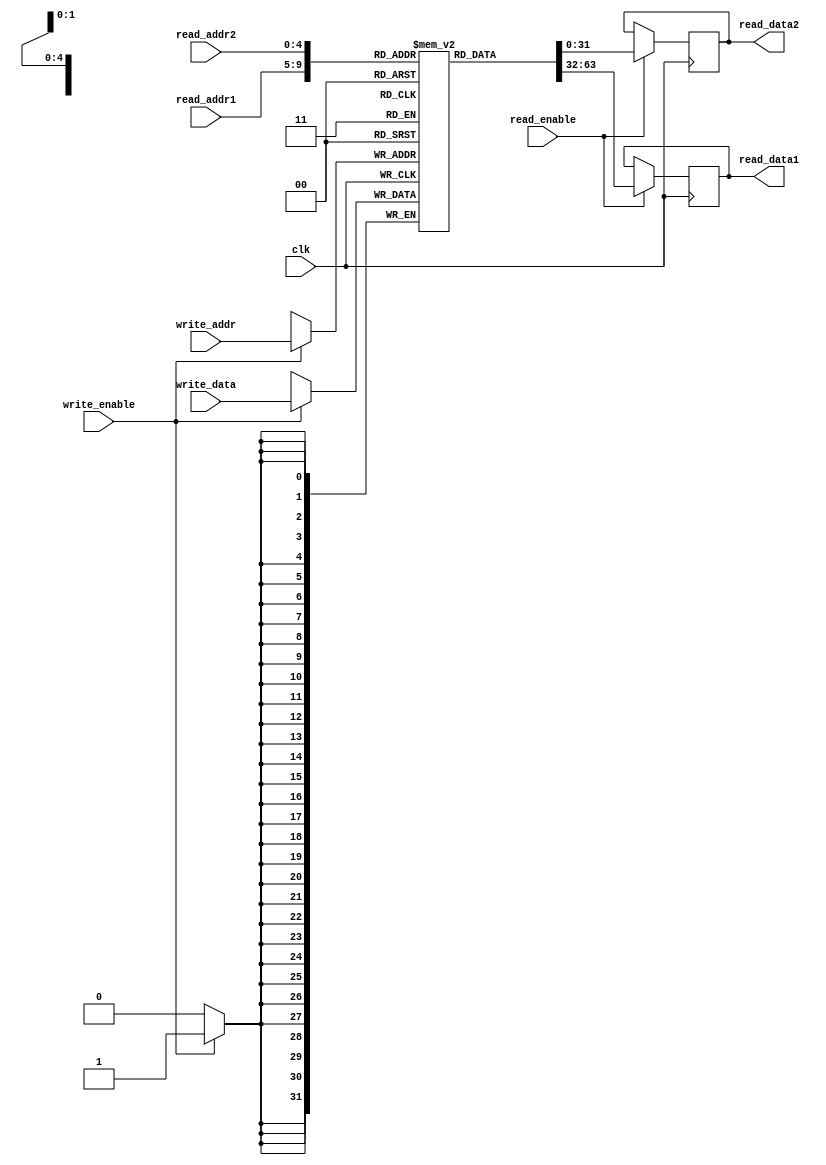
module register_file (
    input wire clk,
    input wire [4:0] read_addr1,
    input wire [4:0] read_addr2,
    input wire [4:0] write_addr,
    input wire [31:0] write_data,
    input wire write_enable,
    input wire read_enable,
    output reg [31:0] read_data1,
    output reg [31:0] read_data2
);

reg [31:0] registers [31:0]; // Array of 32 registers

always @(posedge clk) begin
    if (write_enable) begin
        registers[write_addr] <= write_data;
    end
    
    if (read_enable) begin
        read_data1 <= registers[read_addr1];
        read_data2 <= registers[read_addr2];
    end
end

endmodule